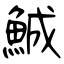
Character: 鯎